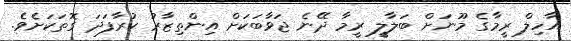
އާހިލް ރީމާގެ މޫނަށް ބަލާލީ ރީމާ ދޭނެ ޖަވާބަކަށް އިންތިޒާރު ކުރާފަދަ ގޮތަކަށެވެ.